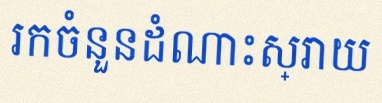
រកចំនួនដំណោះស្រាយ